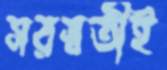
সরস্বতীই